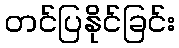
တင်ပြနိုင်ခြင်း